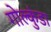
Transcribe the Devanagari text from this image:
गोल्कुंडा